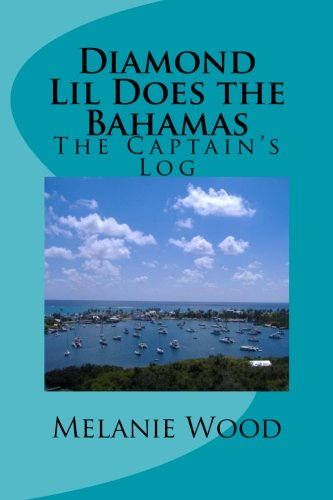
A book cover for The Captain's Log: Diamond Lil Does the Bahamas; Melanie Jean Wood; Travel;